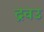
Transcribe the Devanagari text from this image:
द्रवउ